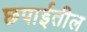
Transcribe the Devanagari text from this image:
छपाईतील